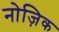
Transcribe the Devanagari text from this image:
नोज़िक